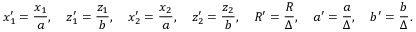
x _ { 1 } ^ { \prime } = \frac { x _ { 1 } } { a } , \quad z _ { 1 } ^ { \prime } = \frac { z _ { 1 } } { b } , \quad x _ { 2 } ^ { \prime } = \frac { x _ { 2 } } { a } , \quad z _ { 2 } ^ { \prime } = \frac { z _ { 2 } } { b } , \quad R ^ { \prime } = \frac { R } { \Delta } , \quad a ^ { \prime } = \frac { a } { \Delta } , \quad b ^ { \prime } = \frac { b } { \Delta } .